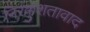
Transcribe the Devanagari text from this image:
निरंकुशतावाद